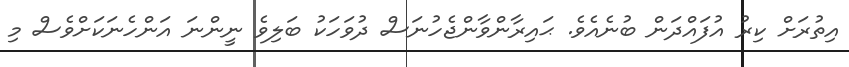
އިތުރަށް ކިރު އުފައްދަން ބުނެއެވެ. ޙައިރާންވާންޖެހުނަސް ދުވަހަކު ބަލިވެ ނީންނަ އަންހެނަކަށްވެސް މި